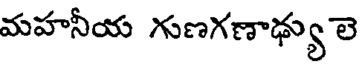
మహనీయ గుణగణాఢ్యు లె